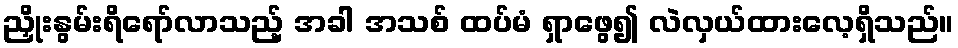
ညှိုးနွမ်းရိရော်လာသည့် အခါ အသစ် ထပ်မံ ရှာဖွေ၍ လဲလှယ်ထားလေ့ရှိသည်။